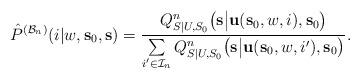
LaTeX: \begin{align*}\hat{P}^{(\mathcal{B}_n)}(i|w,\mathbf{s}_0,\mathbf{s})=\frac{Q_{S|U,S_0}^n\big(\mathbf{s}\big|\mathbf{u}(\mathbf{s}_0,w,i),\mathbf{s}_0\big)}{\sum\limits_{i'\in\mathcal{I}_n}Q_{S|U,S_0}^n\big(\mathbf{s}\big|\mathbf{u}(\mathbf{s}_0,w,i'),\mathbf{s}_0\big)}.\end{align*}